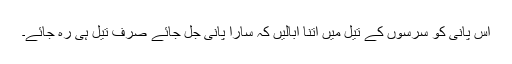
اس پانی کو سرسوں کے تیل میں اتنا ابالیں کہ سارا پانی جل جائے صرف تیل ہی رہ جائے۔